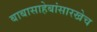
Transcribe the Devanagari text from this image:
बाबासाहेबांसारखेच